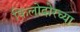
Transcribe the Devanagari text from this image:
फिलोदोरच्या